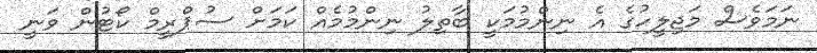
ނަމަވެސް މަޖިލީހުގެ އެ ނިންމުމަކީ ބާތިލު ނިންމުމެއް ކަމަށް ސުޕްރީމް ކޯޓުން ވަނީ